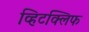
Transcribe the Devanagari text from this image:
व्हिटक्लिफ